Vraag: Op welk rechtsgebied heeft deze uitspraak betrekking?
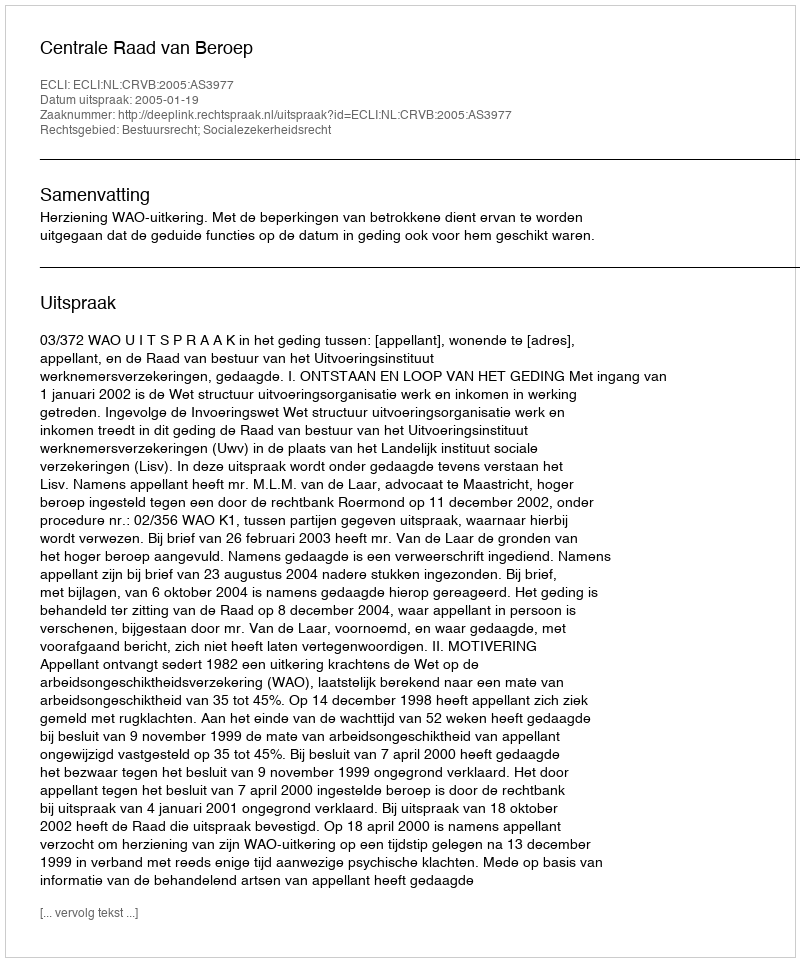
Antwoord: Bestuursrecht; Socialezekerheidsrecht